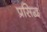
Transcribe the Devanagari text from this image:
प्रसिद्व